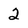
Character: 2